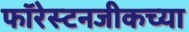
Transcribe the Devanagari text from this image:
फॉरेस्टनजीकच्या